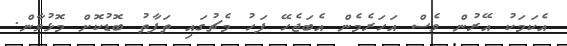
އެކަމަކު އޭރުން ވެސް އަހަރެމެން އެބަޖެހޭ ފަހު މެޗުގައި ތަފާތު ބޮޑުކޮށް މޮޅުވާން.